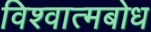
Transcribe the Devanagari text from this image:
विश्वात्मबोध